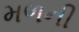
મળની